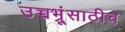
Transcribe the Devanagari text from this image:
उच्चभ्रूंसाठीच